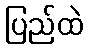
ပြည်ထဲ